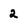
Character: 2